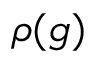
\rho ( g )